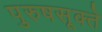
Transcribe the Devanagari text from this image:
पुरुषसूक्ते